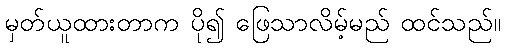
မှတ်ယူထားတာက ပို၍ ဖြေသာလိမ့်မည် ထင်သည်။